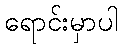
ရောင်းမှာပါ